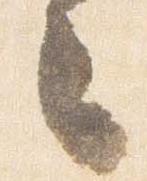
々